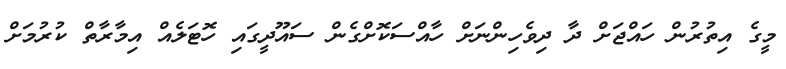
މީގެ އިތުރުން ހައްޖަށް ދާ ދިވެހިންނަށް ހާއްސަކޮށްގެން ސައޫދީގައި ހޮޓަލެއް އިމާރާތް ކުރުމަށް